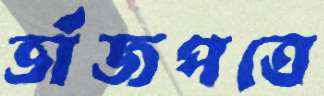
ভাঁজপত্রে